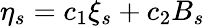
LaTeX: \eta_{s}=c_{1}\xi_{s}+c_{2}B_{s}